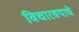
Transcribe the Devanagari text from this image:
विचारवयाचे